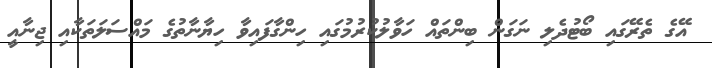
އޭގެ ތެރޭގައި ބޯޓުދެލި ނަގަން ބިންތައް ހަވާލުކުރުމުގައި ހިންގާފައިވާ ހިޔާނާތުގެ މައްސަލަތަކާއި ޖިނާއީ